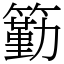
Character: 𥵚